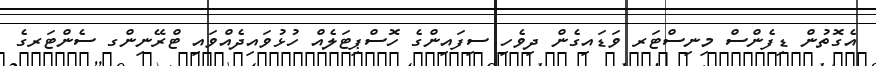
އެގޮތުން ޑިފެންސް މިނިސްޓަރ ވަޑައިގެން ދިވެހި ސިފައިންގެ ހޮސްޕިޓަލެއް ހުޅުވައިދެއްވައި ޓްރޭނިންގ ސެންޓަރގެ